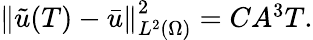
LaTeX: \begin{array}{r}{\left\lVert\tilde{u}(T)-\bar{u}\right\rVert_{L^{2}(\Omega)}^{2}=CA^{3}T.}\end{array}